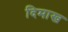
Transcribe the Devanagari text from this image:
दिमाख